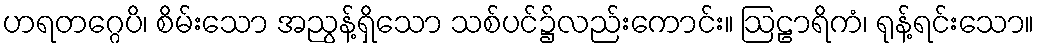
ဟရတဂ္ဂေပိ၊ စိမ်းသော အညွန့်ရှိသော သစ်ပင်၌လည်းကောင်း။ ဩဠာရိကံ၊ ရုန့်ရင်းသော။